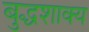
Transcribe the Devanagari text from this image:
बुद्धशाक्य